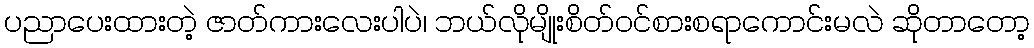
ပညာပေးထားတဲ့ ဇာတ်ကားလေးပါပဲ၊ ဘယ်လိုမျိုးစိတ်ဝင်စားစရာကောင်းမလဲ ဆိုတာတော့